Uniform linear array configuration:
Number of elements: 12
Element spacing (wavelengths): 0.75
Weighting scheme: hamming
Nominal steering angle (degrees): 45
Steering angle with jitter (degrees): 44.892
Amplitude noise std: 0.05
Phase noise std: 0.05

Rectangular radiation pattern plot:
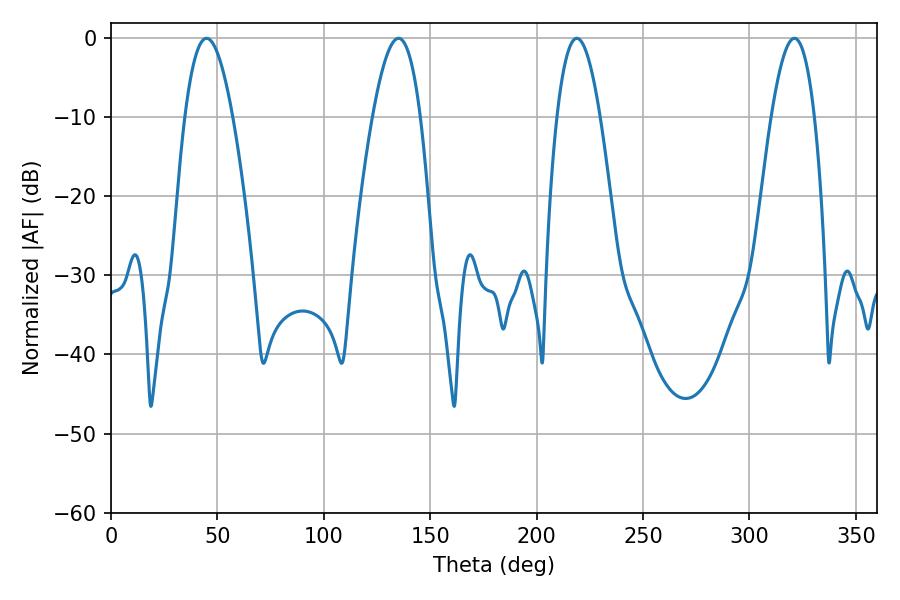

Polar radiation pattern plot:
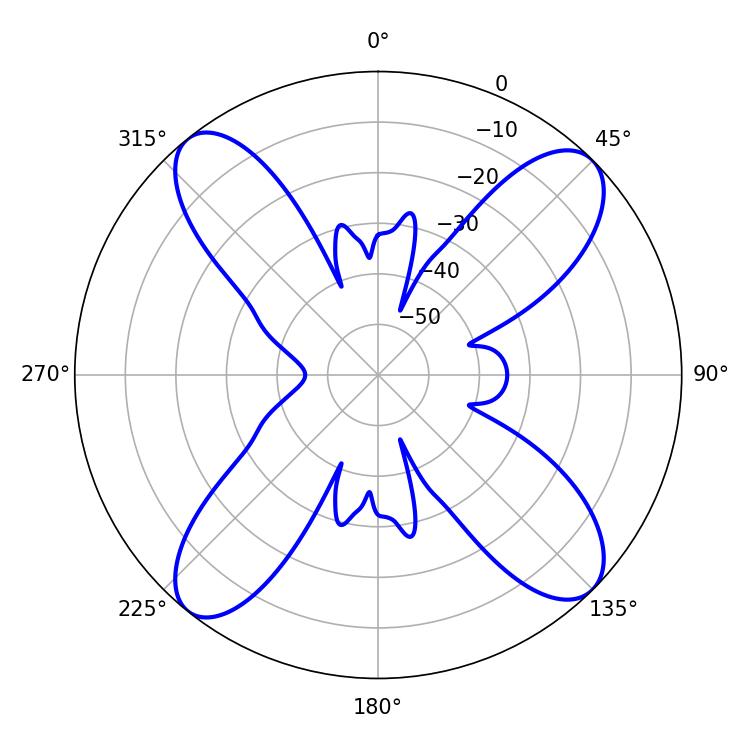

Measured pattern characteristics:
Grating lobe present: TRUE
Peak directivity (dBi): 14.96
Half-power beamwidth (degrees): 11.16
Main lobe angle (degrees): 218.88